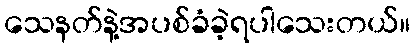
သေနတ်နဲ့အပစ်ခံခဲ့ရပါသေးတယ်။